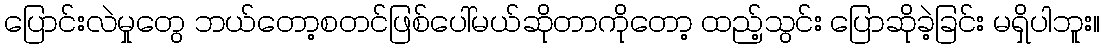
ပြောင်းလဲမှုတွေ ဘယ်တော့စတင်ဖြစ်ပေါ်မယ်ဆိုတာကိုတော့ ထည့်သွင်း ပြောဆိုခဲ့ခြင်း မရှိပါဘူး။